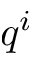
q ^ { i }